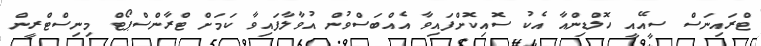
ޓްރައިނަސް ސީއޭއީ ހޮލްޑިންއާ އެކު ސޮއިކޮށްފައިވާ އެއްބަސްވުން އުވާލާފައިވާ ކަމަށް ޓްރާންސްޕޯޓް މިނިސްޓްރީން